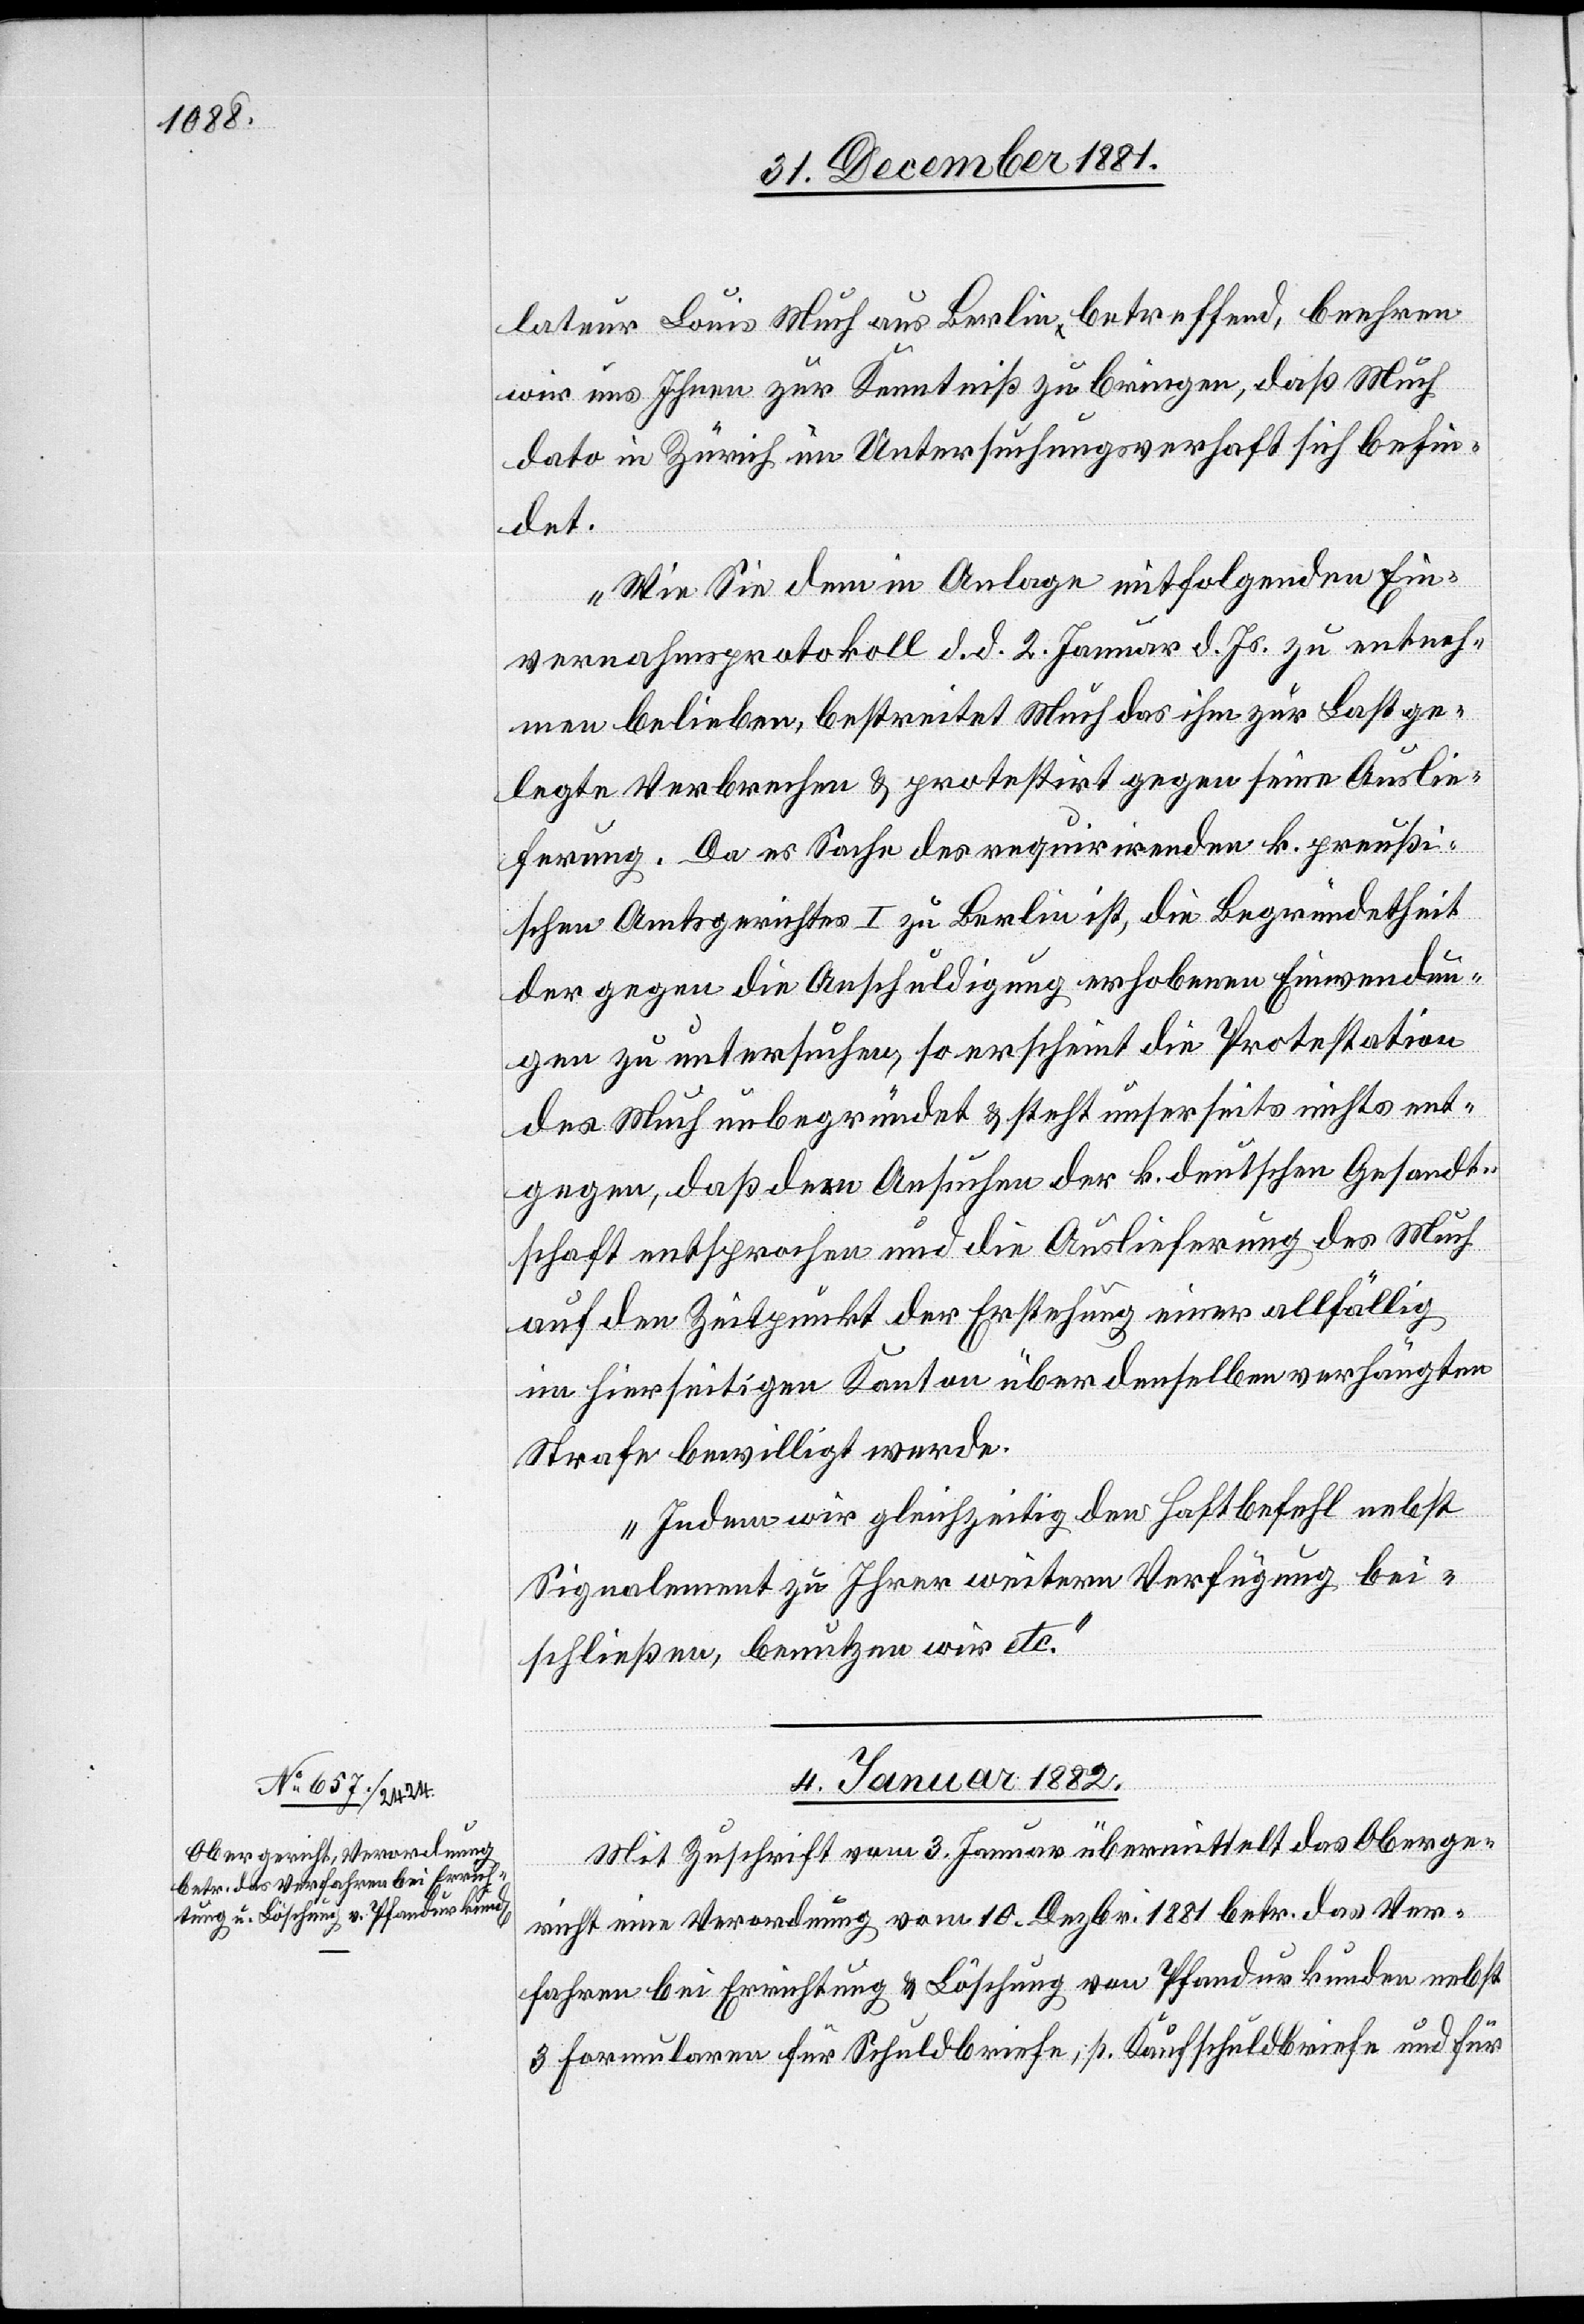
lateur Louis Much aus Berlin betreffend, beehren
wir uns Ihnen zur Kenntniß zu bringen, daß Much
dato in Zürich im Untersuchungsverhaft sich befin¬
det.
Wie Sie dem in Anlage mitfolgenden Ein¬
vernahmsprotokoll d. d. 2. Januar d. Js. zu entneh¬
men belieben, bestreitet Much das ihm zur Last ge¬
legte Verbrechen & protestirt gegen seine Auslie¬
ferung. Da es Sache des requirirenden k. preußi¬
schen Amtsgerichtes I zu Berlin ist, die Begründetheit
der gegen die Anschuldigung erhobenen Einwendun¬
gen zu untersuchen, so erscheint die Protestation
des Much unbegründet & steht unserseits nichts ent¬
gegen, daß dem Ansuchen der k. deutschen Gesandt¬
schaft entsprochen und die Auslieferung des Much
auf den Zeitpunkt der Erstehung einer allfällig
im hierseitigen Kanton über denselben verhängten
Strafe bewilligt werde.
Indem wir gleichzeitig den Haftbefehl nebst
Signalement zu Ihrer weitern Verfügung bei¬
schließen, benutzen wir etc.“
4. Januar 1882.
Mit Zuschrift vom 3. Januar übermittelt das Oberge¬
richt eine Verordnung vom 10. Dezbr. 1881 betr. das Ver¬
fahren bei Errichtung & Löschung von Pfandurkunden nebst
3 Formularen für Schuldbriefe, p. Kaufschuldbriefe und für